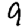
Digit: 9